Civil Veterinary Department Bengal reports 1923-33 - 1923-1933
Year: 1923
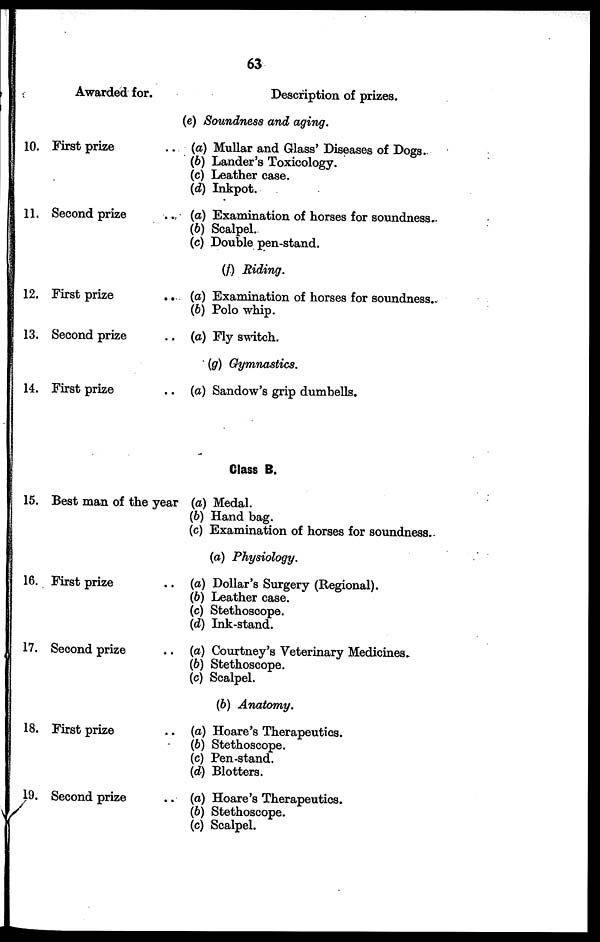
63
10.
11.
12.
13.
14.
15.
16.
17.
18.
19.
Awarded for.
Description of prizes.
(e) Soundness and aging.
First prize ..
Second prize ..
First prize
..
Second prize ..
First prize ..
Best man of the year
First prize ..
Second prize ..
First prize ..
Second prize ..
(a) Mullar and Glass' Diseases of Dogs.
(b) Lander's Toxicology.
(c) Leather case.
(d) Inkpot.
(a) Examination of horses for soundness.
(b) Scalpel.
(c) Double pen-stand.
(f) Riding.
(a) Examination of horses for soundness.
(b) Polo whip.
(a) Fly switch.
(g) Gymnastics.
(a) Sandow's grip dumbells.
Class B.
(a) Medal.
(b) Hand bag.
(c) Examination of horses for soundness.
(a) Physiology.
(a) Dollar's Surgery (Regional).
(b) Leather case.
(c) Stethoscope.
(d) Ink-stand.
(a) Courtney's Veterinary Medicines.
(b) Stethoscope.
(c) Scalpel.
(b) Anatomy.
(a) Hoare's Therapeutics.
(b) Stethoscope.
(c) Pen-stand.
(d) Blotters.
(a) Hoare's Therapeutics.
(b) Stethoscope.
(c) Scalpel.